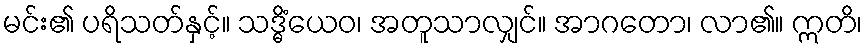
မင်း၏ ပရိသတ်နှင့်။ သဒ္ဓိံယေဝ၊ အတူသာလျှင်။ အာဂတော၊ လာ၏။ ဣတိ၊